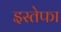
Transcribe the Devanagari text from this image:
इस्तेफा